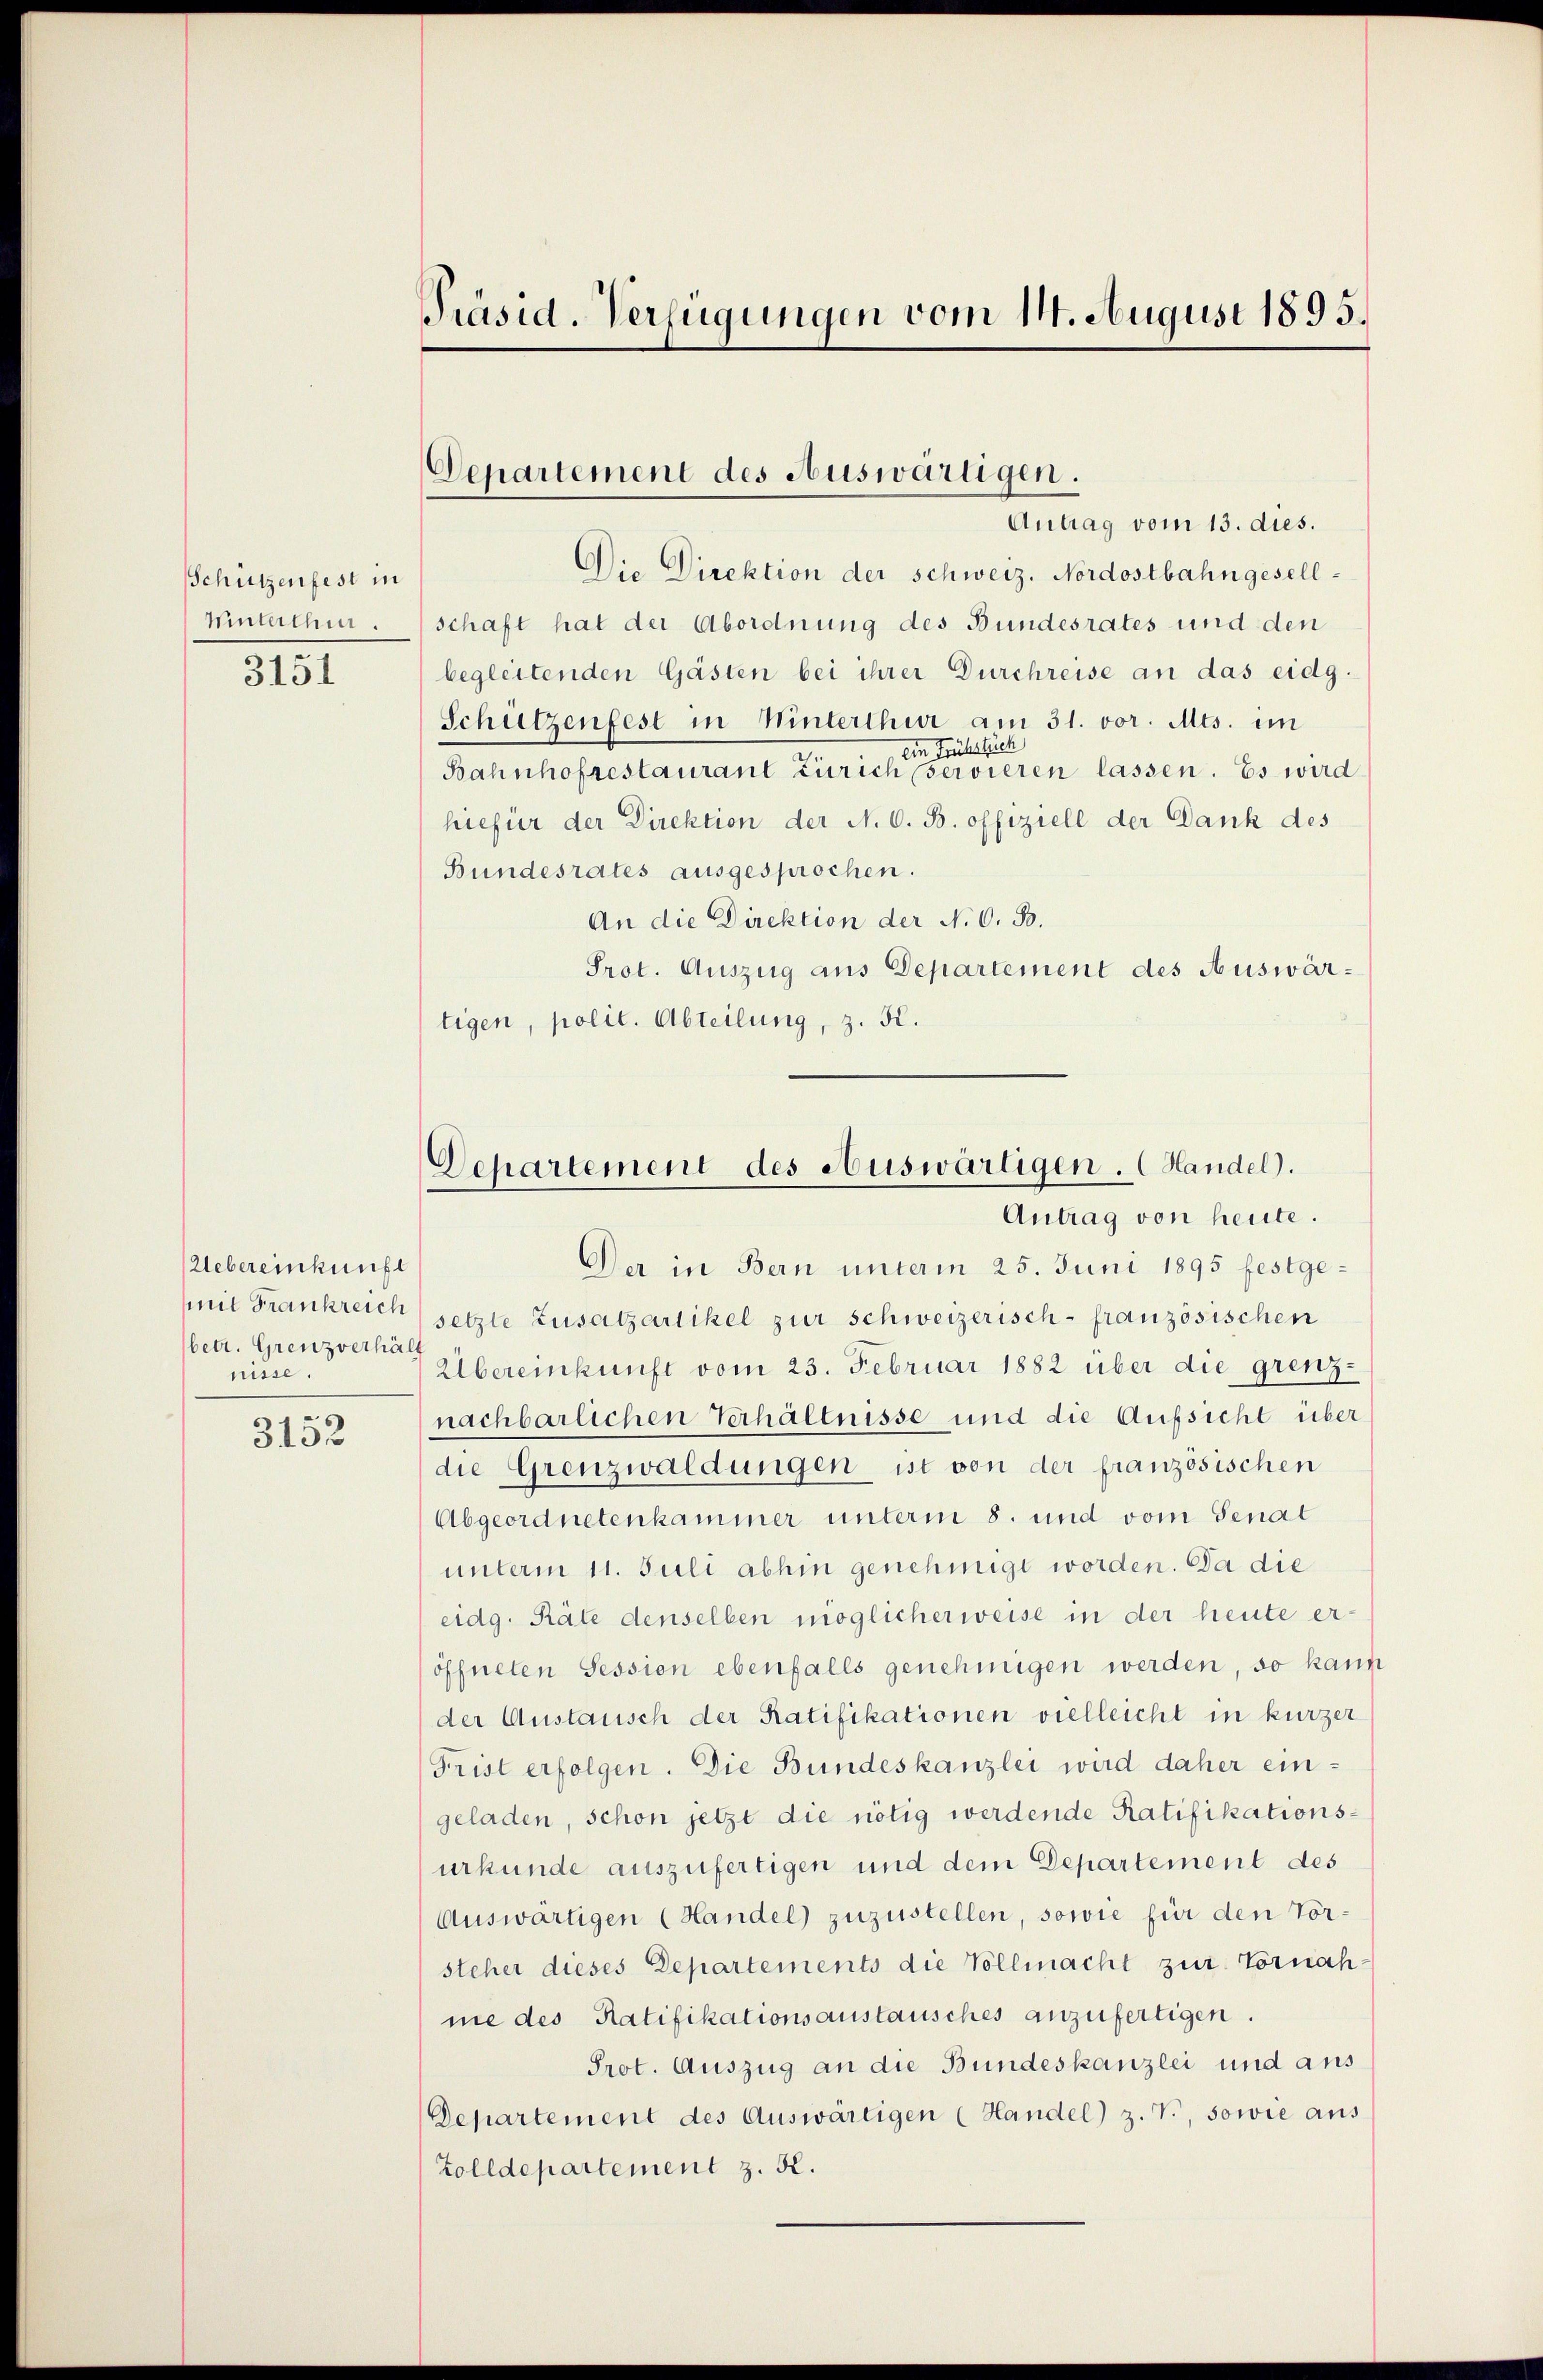
Schützenfest in
Winterthur.
3151

Uebereinkunft
mit Frankreich
betr. Grenzverhält
nisse

3152

Präsid. Verfügungen vom 14. August 1895.

Departement des Auswärtigen.
Antrag vom 13. dies.

Die Direktion der schweiz. Nordostbahngesellschaft hat der Abordnung des Bundesrates und den
begleitenden Gästen bei ihrer Durchreise an das eidg.
Schützenfest in Winterthur am 31. vor. Mts. im
ein Früher sich
Bahnhofrestaurant Zürich servieren lassen. Es wird
hiefür der Direktion der N. O. B. offiziell der Dank des
Bundesrates ausgesprochen.
An die Direktion der N. O. S.
Prot. Auszug aus Departement des Auswärtigen, polit. Abteilung, z. K.

Dehartement des Auswärtigen. Handel).
Antrag von heute.

Der in Bern unterm 25. Juni 1895 festgesetzte Zusatzartikel zur schweizerisch-französischen
Übereinkunft vom 23. Februar 1882 über die grenznachbarlichen Verhältnisse und die Aufsicht über
die Grenzwaldungen ist von der französischen
Abgeordnetenkammer unterm 8. und vom Senat
unterm 11. Juli abhin genehmigt worden. Da die
eidg. Räte denselben möglicherweise in der heute eröffneten Session ebenfalls genehmigen werden, so kann
der Austausch der Ratifikationen vielleicht in kurzer
Frist erfolgen. Die Bundeskanzlei wird daher eingeladen, schon jetzt die nötig werdende Ratifikationsurkunde auszufertigen und dem Departement des
Auswärtigen (Handel) zuzustellen, sowie für den Vorsteher dieses Departements die Vollmacht zur Vornahme des Ratifikationsanstausches anzufertigen.
Prot. Auszug an die Bundeskanzlei und aus
Departement des Auswärtigen (Handel) z. V., sowie aus
Zolldepartement z. 52.